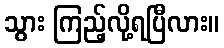
သွား ကြည့်လို့ရပြီလား။